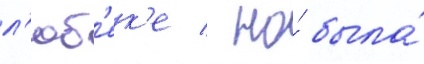
л'юб'ек'е / но́ была́